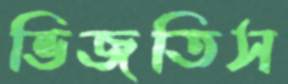
ভিজতিস